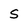
Character: S